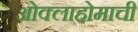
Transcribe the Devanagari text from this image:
ओक्लाहोमाची